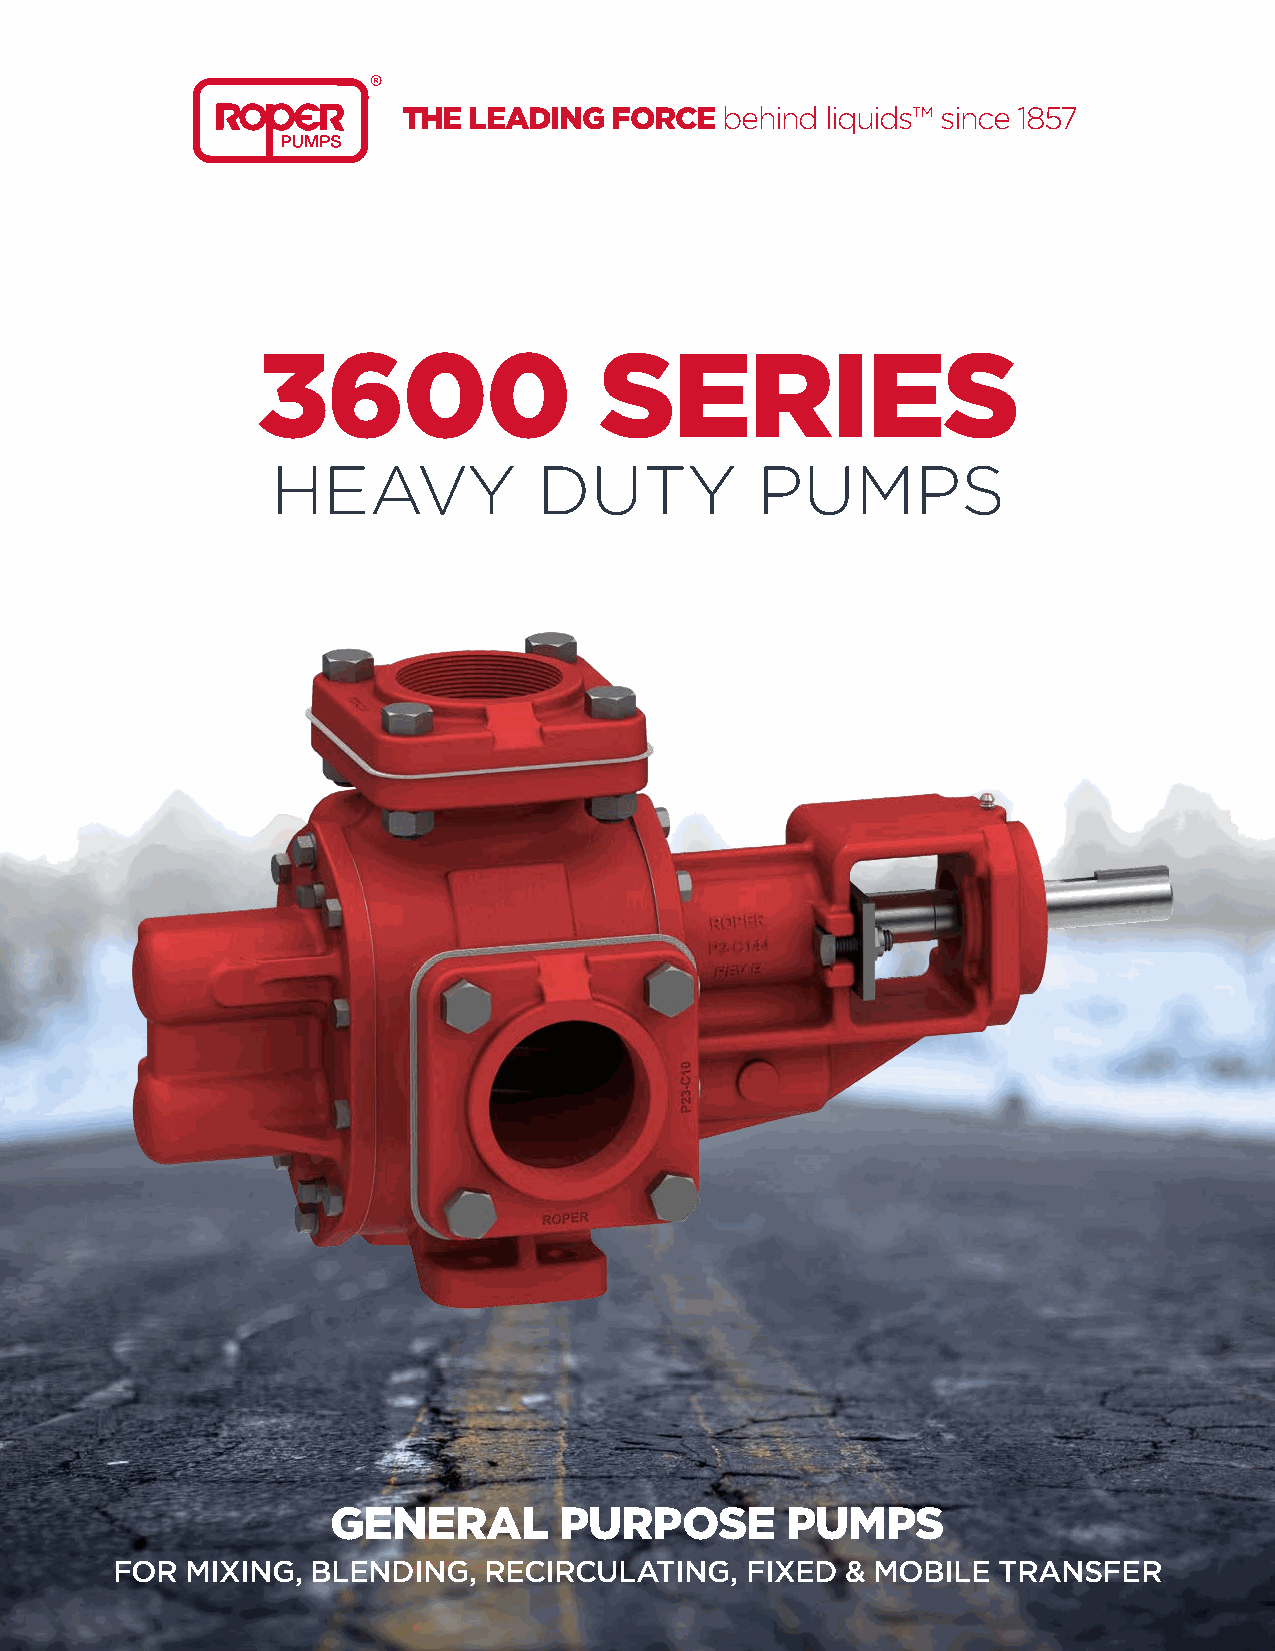
THE LEADING  FORCE   behind liquids™ since 1857
 3600                   SERIES
 HEAVY             DUTY          PUMPS
 GENERAL        PURPOSE        PUMPS
 FOR  MIXING,  BLENDING,  RECIRCULATING,   FIXED  & MOBILE  TRANSFER
 1 • ROPER PUMP COMPANY 3600 BROCHURE 2019